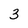
Character: 3